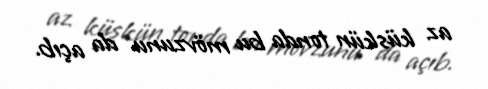
az küskün tonda bu mövzunu da açıb.